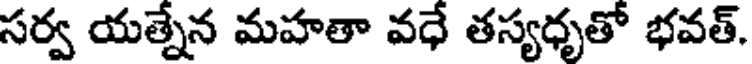
సర్వ యత్నేన మహతా వధే తస్యధృతో భవత్.